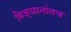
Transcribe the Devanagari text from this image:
विज्ञानांतच